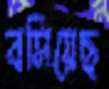
বসিয়েছ